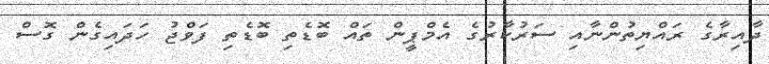
ދާއިރާގެ ރައްޔިތުންނާއި ސަރުކާރުގެ އެމްޕީން ތައް ބޮޑެތި ބޮޑެތި ފަވްޖު ހަދައިގެން ގޮސް